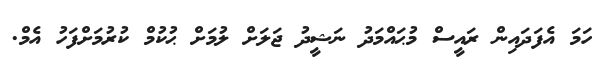
ހަމަ އެފަދައިން ރައީސް މުޙައްމަދު ނަޝީދު ޖަލަށް ލުމަށް ޙުކުމް ކުރުމަށްފަހު އެމް.